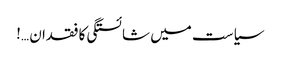
سیاست میں شائستگی کا فقدان …!